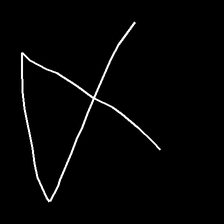
Glyph: collection